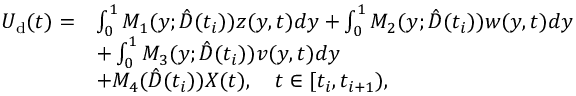
\begin{array} { r l } { U _ { \mathrm { d } } ( t ) = } & { \int _ { 0 } ^ { 1 } M _ { 1 } ( y ; \hat { D } ( t _ { i } ) ) z ( y , t ) d y + \int _ { 0 } ^ { 1 } M _ { 2 } ( y ; \hat { D } ( t _ { i } ) ) w ( y , t ) d y } \\ & { + \int _ { 0 } ^ { 1 } M _ { 3 } ( y ; \hat { D } ( t _ { i } ) ) v ( y , t ) d y } \\ & { + M _ { 4 } ( \hat { D } ( t _ { i } ) ) X ( t ) , \quad t \in [ t _ { i } , t _ { i + 1 } ) , } \end{array}